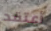
أعتقد